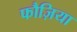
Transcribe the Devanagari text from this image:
फौज़िया